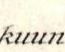
kuun